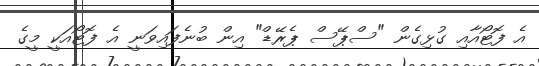
އެ ފޮޓޯއާއި ގުޅިގެން "ސްޕޭސް ޕެރޭޑް" އިން ބުނެފައިވަނީ އެ ފޮޓޯއަކީ މީގެ